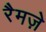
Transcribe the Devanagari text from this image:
रैमज़े